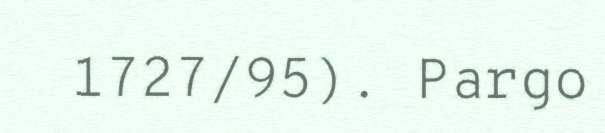
1727/95). Pargo